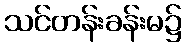
သင်တန်းခန်းမ၌